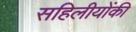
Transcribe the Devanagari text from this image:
सहिलीयोंकी